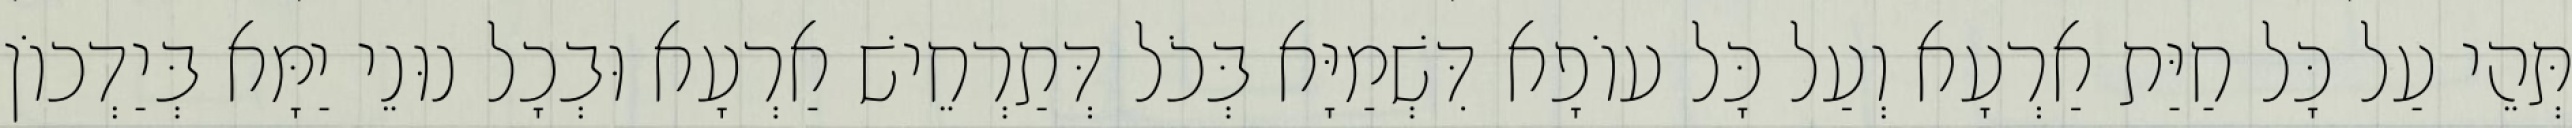
תְּהֵי עַל כָּל חַיַּת אַרְעָא וְעַל כָּל עוֹפָא דִּשְׁמַיָּא בְּכֹל דְּתַרְחֵישׁ אַרְעָא וּבְכָל נוּנֵי יַמָּא בְּיַדְכוֹן